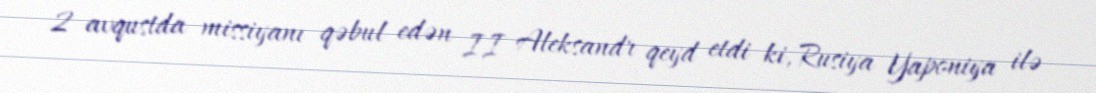
2 avqustda missiyanı qəbul edən II Aleksandr qeyd etdi ki, Rusiya Yaponiya ilə